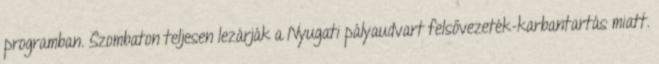
programban. Szombaton teljesen lezárják a Nyugati pályaudvart felsővezeték-karbantartás miatt.